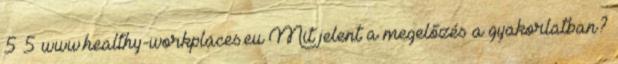
5 5 www.healthy-workplaces.eu Mit jelent a megelőzés a gyakorlatban?